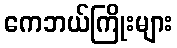
ကေဘယ်ကြိုးများ